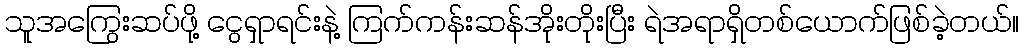
သူအကြွေးဆပ်ဖို့ ငွေရှာရင်းနဲ့ ကြက်ကန်းဆန်အိုးတိုးပြီး ရဲအရာရှိတစ်ယောက်ဖြစ်ခဲ့တယ်။